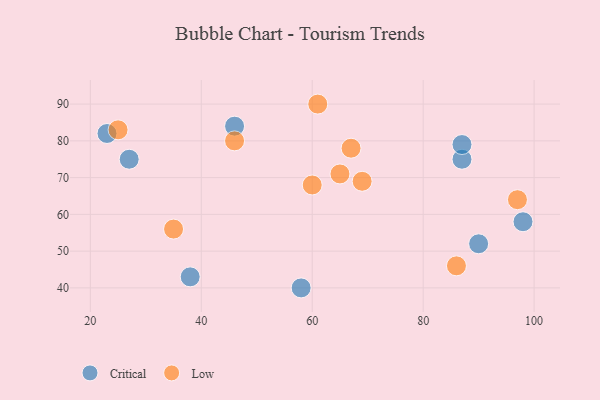
{"axis": {"x": "GDP", "y": "Life Expectancy"}, "legend": ["Critical", "Low"], "data": [{"x": "23", "y": 82, "type": "Critical"}, {"x": "46", "y": 84, "type": "Critical"}, {"x": "58", "y": 40, "type": "Critical"}, {"x": "87", "y": 75, "type": "Critical"}, {"x": "98", "y": 58, "type": "Critical"}, {"x": "38", "y": 43, "type": "Critical"}, {"x": "90", "y": 52, "type": "Critical"}, {"x": "27", "y": 75, "type": "Critical"}, {"x": "87", "y": 79, "type": "Critical"}, {"x": "60", "y": 68, "type": "Low"}, {"x": "65", "y": 71, "type": "Low"}, {"x": "61", "y": 90, "type": "Low"}, {"x": "97", "y": 64, "type": "Low"}, {"x": "86", "y": 46, "type": "Low"}, {"x": "67", "y": 78, "type": "Low"}, {"x": "25", "y": 83, "type": "Low"}, {"x": "46", "y": 80, "type": "Low"}, {"x": "35", "y": 56, "type": "Low"}, {"x": "69", "y": 69, "type": "Low"}]}